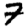
Digit: 7